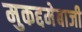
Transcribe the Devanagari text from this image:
मुकद्दमेबाजी